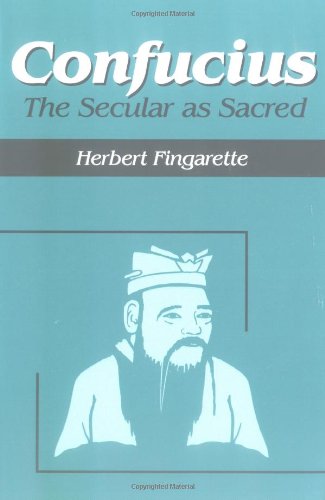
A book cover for Confucius: The Secular As Sacred (Religious Traditions of the World); Herbert Fingarette; Religion & Spirituality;